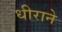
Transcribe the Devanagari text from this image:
धीराने